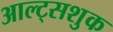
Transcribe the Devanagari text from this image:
आल्ट्सशुक